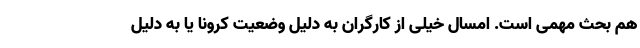
هم بحث مهمی است. امسال خیلی از کارگران به دلیل وضعیت کرونا یا به دلیل